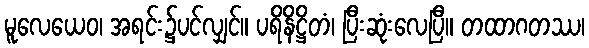
မူလေယေဝ၊ အရင်း၌ပင်လျှင်။ ပရိနိဋ္ဌိတံ၊ ပြီးဆုံးလေပြီ။ တထာဂတဿ၊